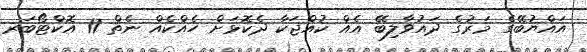
އައްޔުބޭގެ މަރުގެ ދައުވާލިބޭ އެއް ކުއްޖަކާ ދެކޮޅަށް ހެއްކެއް ނެތް 11 އޮކްޓޯބަރ